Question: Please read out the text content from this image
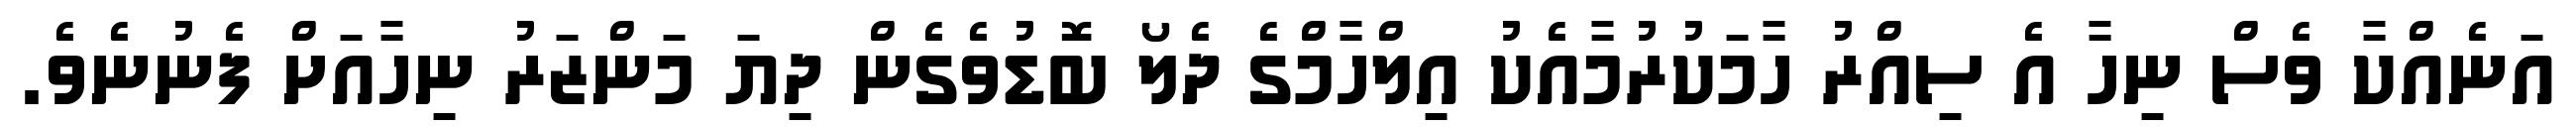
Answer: އަނެއްކާ ވެސް ނިހާ އެ ސިއްރު ހާމަކުރުމާއެކު އިލްހާމްގެ ދެލޯ ބޮޑުވެގެން ދިޔަ މަންޒަރު ނިހާއަށް ފެނުނެވެ.